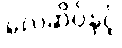
လေဆိပ်နှင့်